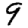
Digit: 9